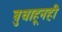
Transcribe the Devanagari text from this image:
बुधाहूनही